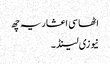
اٹھاسی اعشاریہ چھ
نیوزی لینڈ ۔